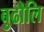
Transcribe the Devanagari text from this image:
बुढौलि